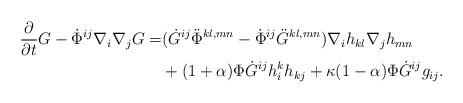
LaTeX: \begin{align*}\frac{\partial}{\partial t}G-\dot{\Phi}^{ij}\nabla_i\nabla_jG=&(\dot{G}^{ij}\ddot{\Phi}^{kl,mn}-\dot{\Phi}^{ij}\ddot{G}^{kl,mn})\nabla_ih_{kl}\nabla_jh_{mn}\\&+(1+\alpha)\Phi\dot{G}^{ij}h^k_ih_{kj}+\kappa(1-\alpha)\Phi\dot{G}^{ij}g_{ij}.\end{align*}